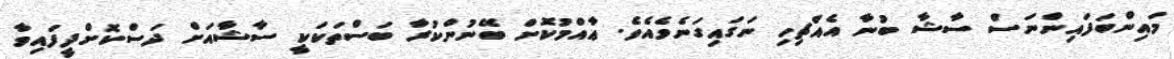
މައިންބަފައިންނަސް ސާޝާ ބުނާ އެއްޗިހި ނަގައިގަނެވެއެވެ. ޢާއްމުކޮށް ބޭނުންކުރާ ބަސްތަކަކީ ސާޝާއަށް ދަސްކޮށްދީފައިވާ